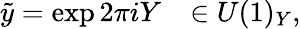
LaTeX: \tilde{y}=\exp 2\pi iY\ \ \ \in U(1)_{Y},